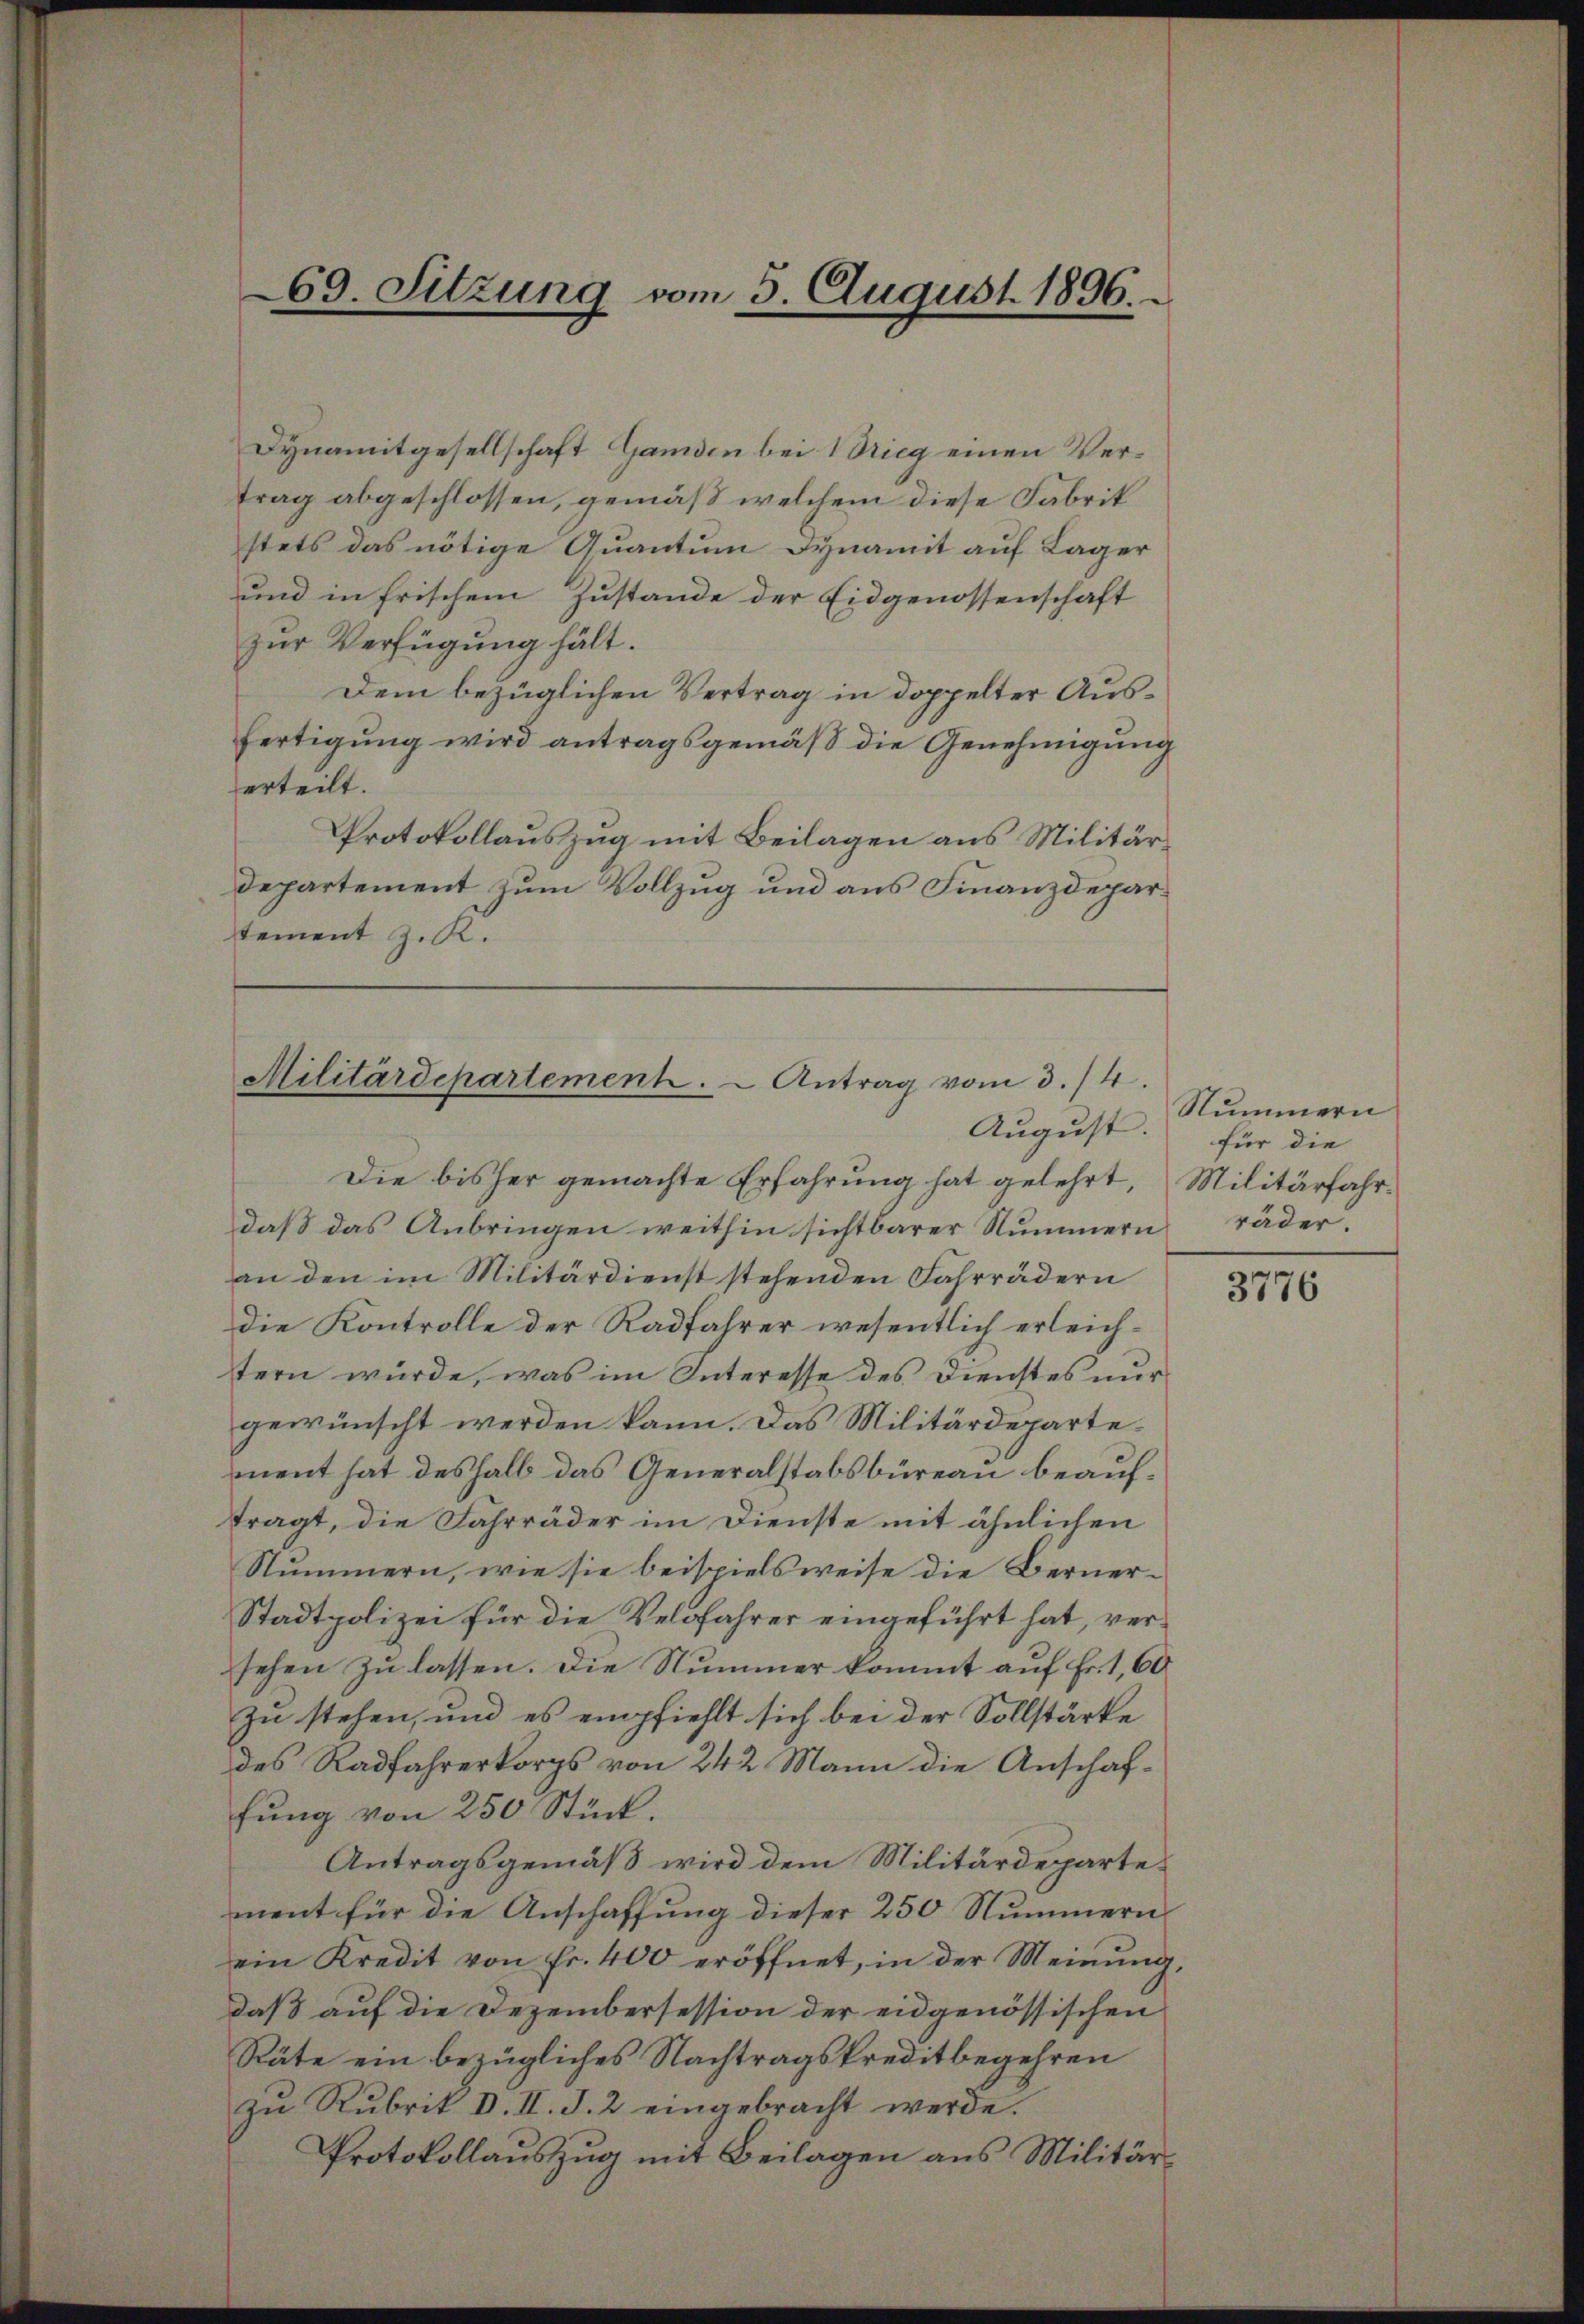
69. Sitzung vom 5. August 1896.

Dynamitgesellschaft Ganden bei Wieg einen Vertrag abgeschlossen, gemäß welchem diese Fabrik
stets das nötige Quantum Dynamit auf Lager
und in frischem Zustande der Eidgenossenschaft
zur Verfügung hält.
Dem bezüglichen Vertrag in doppelter Ausfertigung wird antragsgemäß die Genehmigung
erteilt.
Protokollauszug mit Beilagen aus Militärdepartement zum Vollzug und aus Finanzdeparstement z. K.

Militärdepartement. - Antrag vom 3./4.
August. Für die

Die bisher gemachte Erfahrung hat gelehrt, Militärfahrdaß das Anbringen weithin sichtbarer Nummern räder,
an den im Militärdienst stehenden Fahrrädern
Die Kontrolle der Radfahrer wesentlich erleichtern würde, was im Interesse des Dienstes nur
gewünscht werden kann. Das Militärdepartement hat deshalb das Generalstabsbüreau beauftragt, die Fahrräder im Dienste mit ähnlichen
Nummern, wie sie beispielsweise die Berner¬
Stadtpolizei für die Velofahrer eingeführt hat, versehen zu lassen. Die Nummer kommt auf Fr. 1,60
zu stehen, und es empfiehlt sich bei der Sollstärke
des Radfahrerkorps von 242 Mann die Anschaffung von 250 Stück.
Antragsgemäß wird dem Militärdepartement für die Anschaffung dieser 250 Nummern
ein Kredit von fr. 400 eröffnet, in der Meinŭng,
daß auf die Dezembersession der eidgenössischen
Räte ein bezügliches Nachtragskreditbegehren
zu Rubrik d. II. J. 2 eingebracht werde.
Protokollauszug mit Beilagen aus Militär¬

Nummern

3776